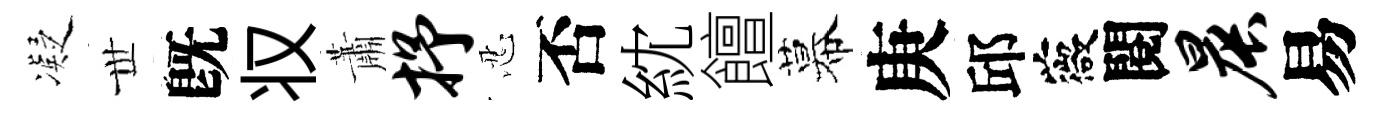
凝𠀍旣𠬧蕭抒忍否紞饘幕庚邱薇閱晨易